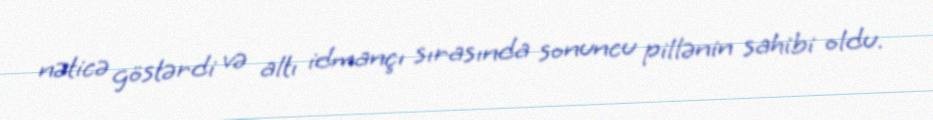
nəticə göstərdi və altı idmançı sırasında sonuncu pillənin sahibi oldu.